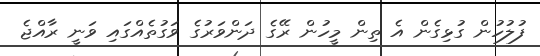
ފުލުހުން ގުޅިގެން އެ ތިން މީހުން ރޭގެ ދަންވަރުގެ ވަގުތެއްގައި ވަނީ ރާއްޖެ